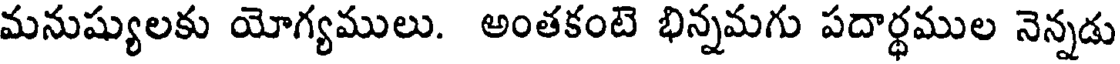
మనుష్యులకు యోగ్యములు. అంతకంటె భిన్నమగు పదార్థముల నెన్నడు